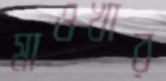
মাওখার